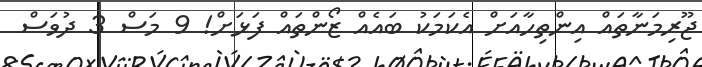
ޖޫރިމަނާތައް އިންތިހާއަށް އެކަމަކު ބައެއް ޒޯންތައް ފަޅަށް! 9 މަސް 3 ދުވަސް